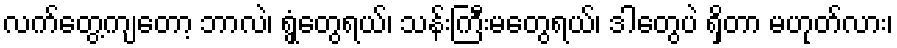
လက်တွေ့ကျတော့ ဘာလဲ၊ ရွှံ့တွေရယ်၊ သန်းကြီးမတွေရယ်၊ ဒါတွေပဲ ရှိတာ မဟုတ်လား၊